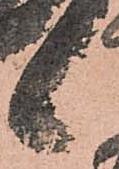
候